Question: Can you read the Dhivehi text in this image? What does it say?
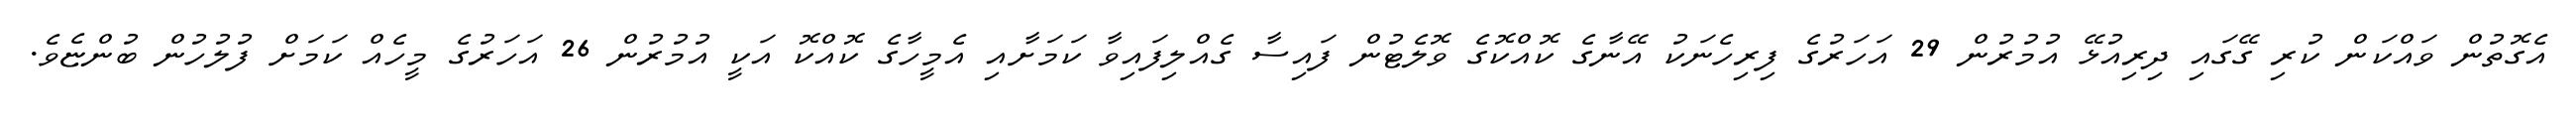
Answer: އެގޮތުން ވައްކަން ކުރި ގޭގައި ދިރިއުޅޭ އުމުރުން 29 އަހަރުގެ ފިރިހެނަކު އޭނާގެ ކޮއްކޮގެ ވޮލެޓުން ފައިސާ ގެއްލިފައިވާ ކަމަށާއި އެމީހާގެ ކޮއްކޮ އަކީ އުމުރުން 26 އަހަރުގެ މީހެއް ކަމަށް ފުލުހުން ބުންޏެވެ.